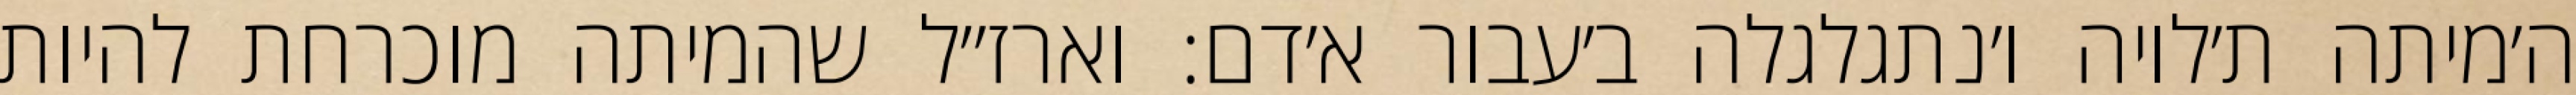
ה׳מיתה ת׳לויה ו׳נתגלגלה ב׳עבור א׳דם: וארז״ל שהמיתה מוכרחת להיות